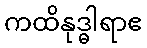
ကထိနုဒ္ဓါရာဧ